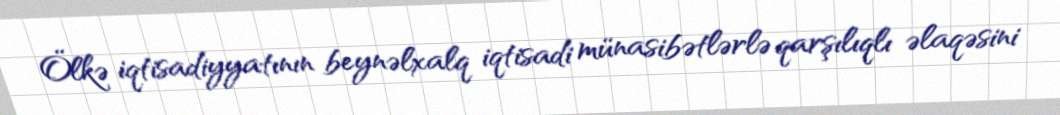
Ölkə iqtisadiyyatının beynəlxalq iqtisadi münasibətlərlə qarşılıqlı əlaqəsini